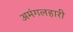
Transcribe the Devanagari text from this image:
अमंगलहारी